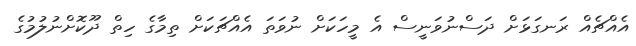
އެއްޗެއް ރަނގަޅަށް ދަސްނުވަނީސް އެ މީހަކަށް ނުވަތަ އެއްޗަކަށް ތިމާގެ ހިތް ދޫކޮށްނުލުމުގެ